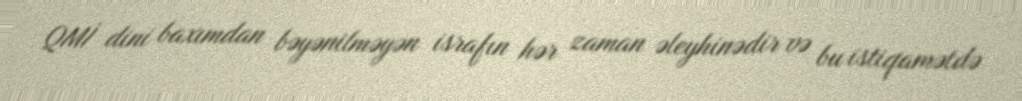
QMİ dini baxımdan bəyənilməyən israfın hər zaman əleyhinədir və bu istiqamətdə